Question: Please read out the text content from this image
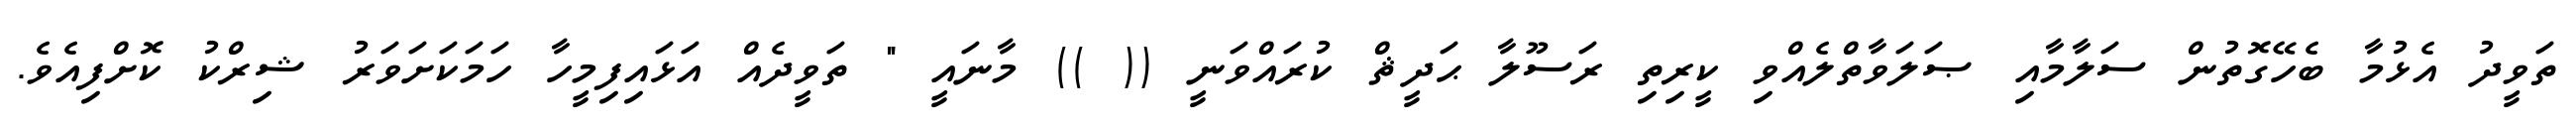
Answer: ތަވީދު އެޅުމާ ބެހޭގޮތުން ސަލާމާއި ޞަލަވާތްލެއްވި ކީރިތި ރަސޫލާ ޙަދީޘް ކުރައްވަނީ (( )) މާނައީ " ތަވީދެއް އަޅައިފިމީހާ ހަމަކަށަވަރު ޝިރްކު ކޮށްފިއެވެ.